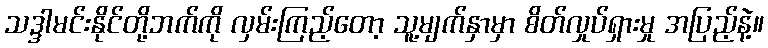
သဒ္ဒါမင်းနိုင်တို့ဘက်ကို လှမ်းကြည့်တော့ သူ့မျက်နှာမှာ စိတ်လှုပ်ရှားမှု အပြည့်နဲ့။